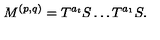
M ^ { ( p , q ) } = T ^ { a _ { t } } S \ldots T ^ { a _ { 1 } } S .